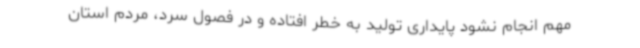
مهم انجام نشود پایداری تولید به خطر افتاده و در فصول سرد، مردم استان